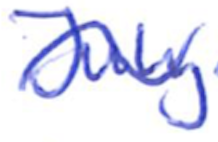
Text: July
Cross-out: wave
Writing tool: ballpoint